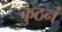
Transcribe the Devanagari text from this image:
कुठनं